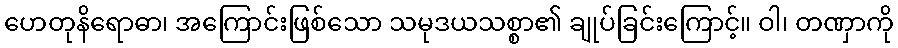
ဟေတုနိရောဓာ၊ အကြောင်းဖြစ်သော သမုဒယသစ္စာ၏ ချုပ်ခြင်းကြောင့်။ ဝါ၊ တဏှာကို